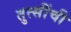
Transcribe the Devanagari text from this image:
तुत्‍सींची